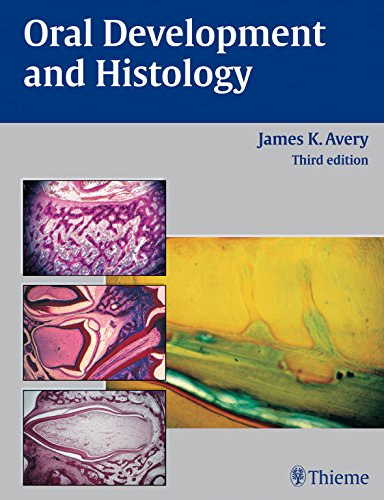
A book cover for Oral Development and Histology; James K. Avery; Medical Books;